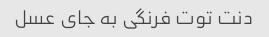
دنت توت فرنگی به جای عسل